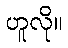
ဟူလို။